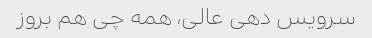
سرویس دهی عالی، همه چی هم بروز